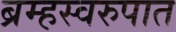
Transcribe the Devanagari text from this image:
ब्रम्हस्वरुपात